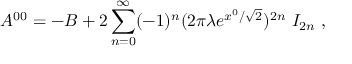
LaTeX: { \cal A } ^ { 0 0 } = - { \cal B } + 2 \sum _ { n = 0 } ^ { \infty } ( - 1 ) ^ { n } ( 2 \pi \lambda e ^ { x ^ { 0 } / \sqrt { 2 } } ) ^ { 2 n } ~ I _ { 2 n } ~ ,